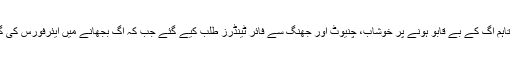
مارکیٹ میں لگنے والی آگ پر قابو پانے کے لیے پہلے فائربریگیڈ کی گاڑیوں نے کوشش کی تاہم آگ کے بے قابو ہونے پر خوشاب، چنیوٹ اور جھنگ سے فائر ٹینڈرز طلب کیے گئے جب کہ آگ بجھانے میں ایئرفورس کی گاڑیوں نے بھی حصہ لیا جس کے بعد 3 گھنٹے میں 17 سے زائد گاڑیوں نے آگ پر قابو پالیا۔